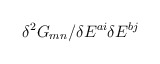
\begin{align*}\delta^2 G_{m n} / \delta E^{a i}\delta E^{b j}\end{align*}